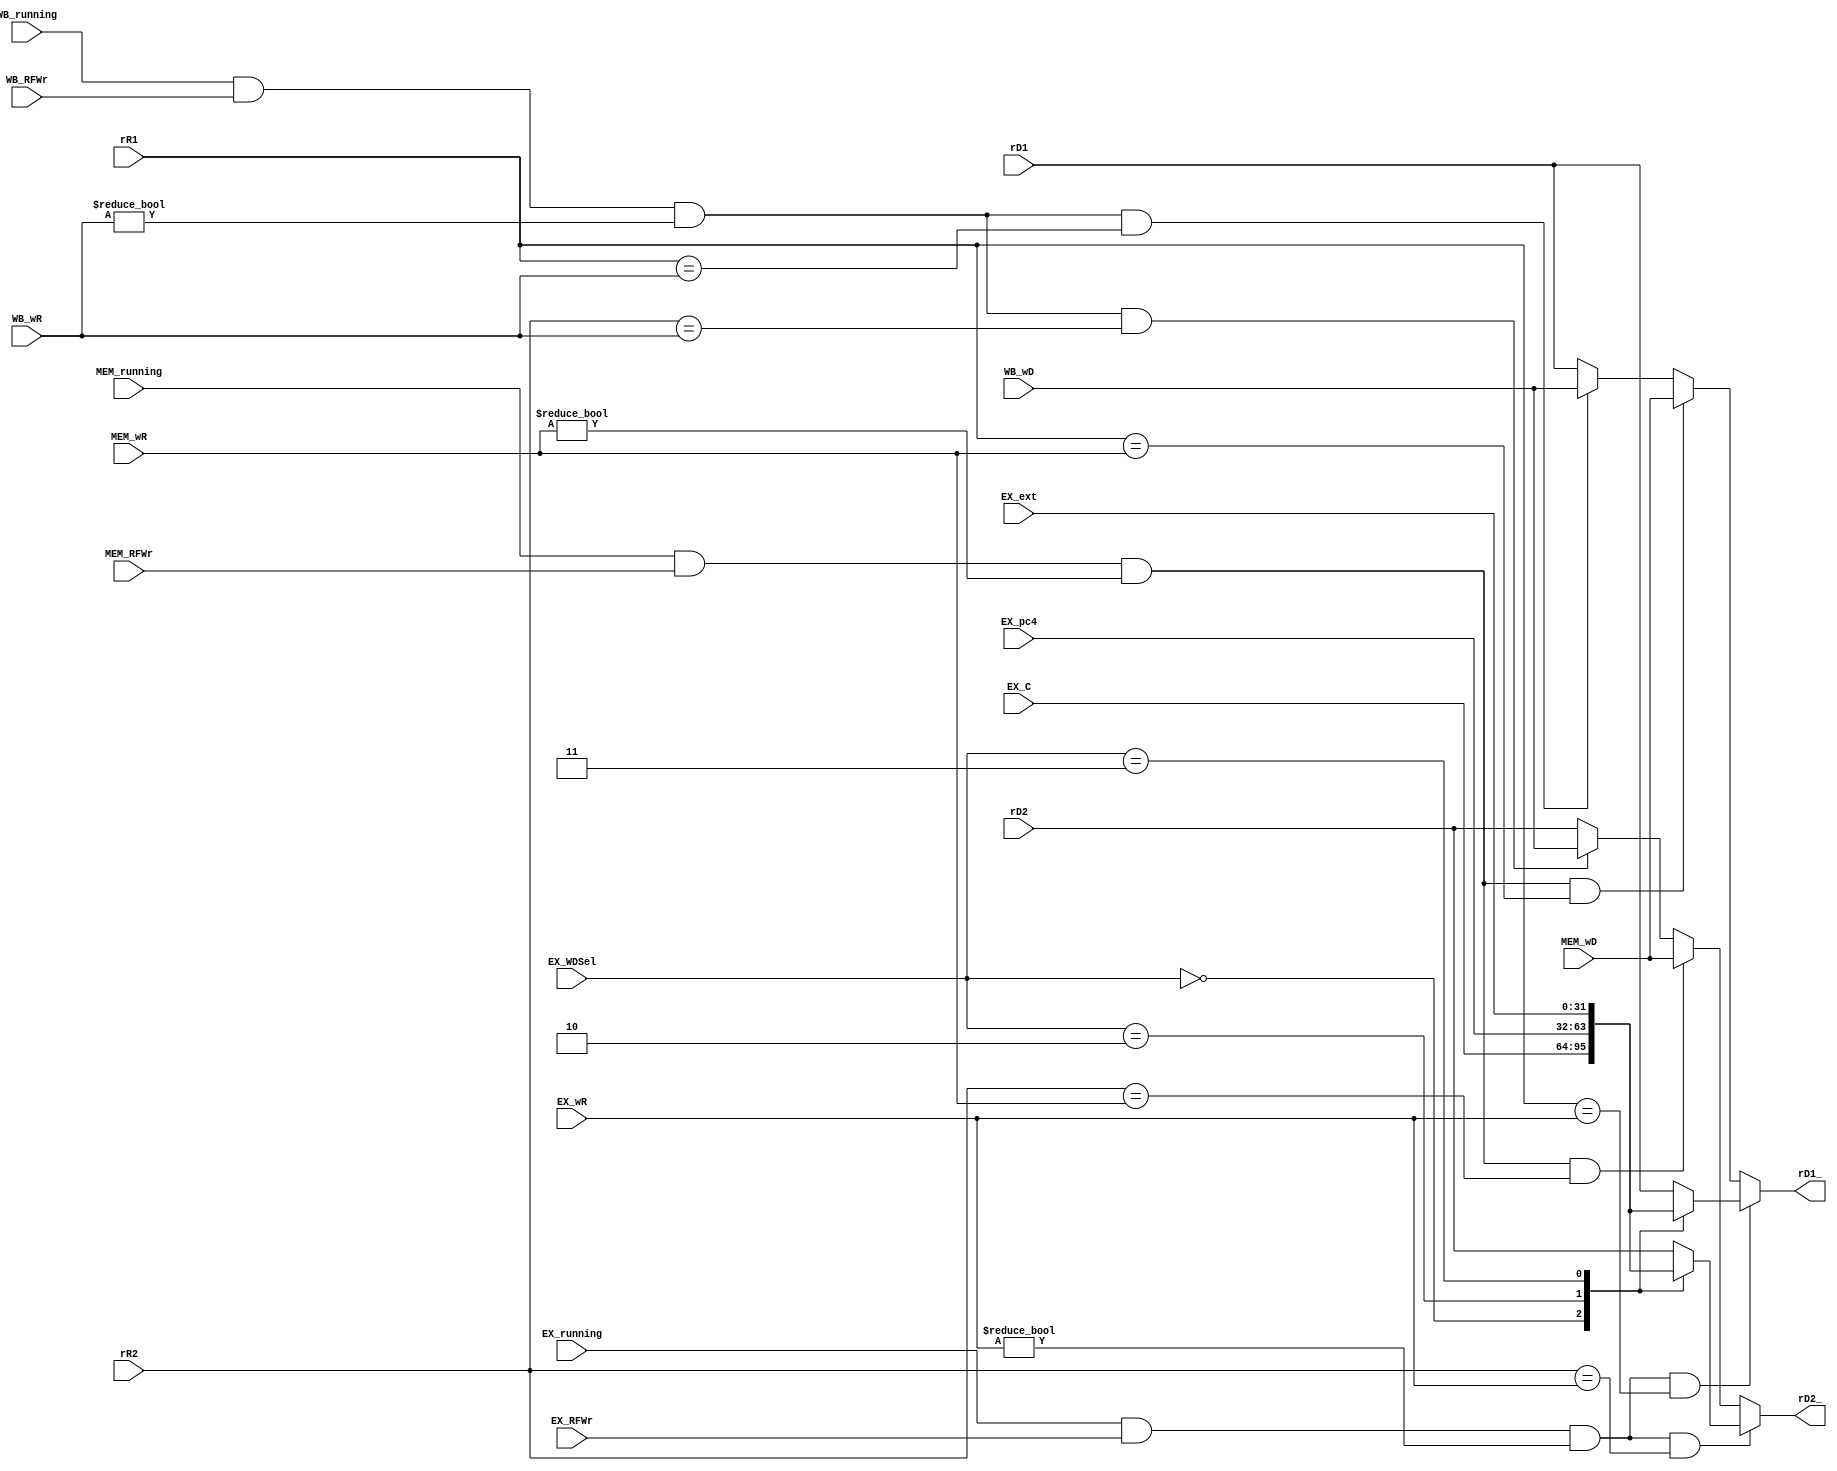
module forwarding (
    input wire [31:0] rD1,
    input wire [31:0] rD2,
    input wire [31:0] rR1,
    input wire [31:0] rR2,

    input wire EX_RFWr,
    input wire EX_running,
    input wire [31:0] EX_wR,
    input wire [31:0] EX_C,
    input wire [1:0] EX_WDSel,
    input wire [31:0] EX_pc4,
    input wire [31:0] EX_ext,

    input wire MEM_RFWr,
    input wire MEM_running,
    input wire [31:0] MEM_wR,
    input wire [31:0] MEM_wD,

    input wire WB_RFWr,
    input wire WB_running,
    input wire [31:0] WB_wR,
    input wire [31:0] WB_wD,

    output reg [31:0] rD1_,
    output reg [31:0] rD2_
);
    always @(*) begin
        if (EX_running&&EX_RFWr&&(EX_wR!=0)&&(rR1==EX_wR)) begin
            case (EX_WDSel)
                0: rD1_=EX_C;
                2: rD1_=EX_pc4;
                3: rD1_=EX_ext; 
                default: rD1_=rD1;
            endcase
        end else if (MEM_running&&MEM_RFWr&&(MEM_wR!=0)&&(rR1==MEM_wR)) begin
            rD1_=MEM_wD;
        end else if (WB_running&&WB_RFWr&&(WB_wR!=0)&&(rR1==WB_wR)) begin
            rD1_=WB_wD;
        end else begin
            rD1_=rD1;
        end

    end

    always @(*) begin
        if (EX_running&&EX_RFWr&&(EX_wR!=0)&&(rR2==EX_wR)) begin
            case (EX_WDSel)
                0: rD2_=EX_C;
                2: rD2_=EX_pc4;
                3: rD2_=EX_ext; 
                default: rD2_=rD2;
            endcase
        end else if (MEM_running&&MEM_RFWr&&(MEM_wR!=0)&&(rR2==MEM_wR)) begin
            rD2_=MEM_wD;
        end else if (WB_running&&WB_RFWr&&(WB_wR!=0)&&(rR2==WB_wR)) begin
            rD2_=WB_wD;
        end else begin
            rD2_=rD2;
        end
    end
    
endmodule